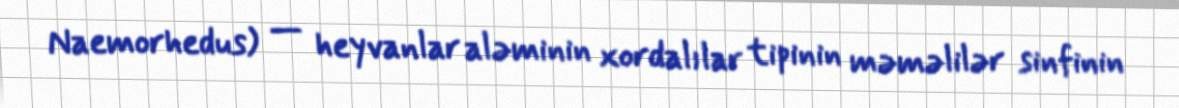
Naemorhedus) — heyvanlar aləminin xordalılar tipinin məməlilər sinfinin